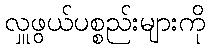
လှူဖွယ်ပစ္စည်းများကို